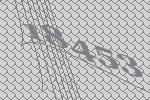
18453